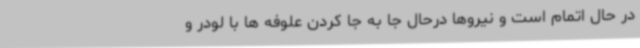
در حال اتمام است و نیروها درحال جا به جا کردن علوفه ها با لودر و